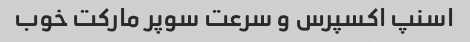
اسنپ اکسپرس و سرعت سوپر مارکت خوب